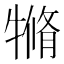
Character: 𤛛